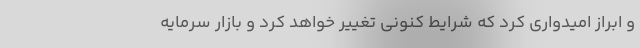
و ابراز امیدواری کرد که شرایط کنونی تغییر خواهد کرد و بازار سرمایه